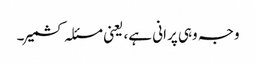
وجہ وہی پرانی ہے، یعنی مسئلہ کشمیر۔